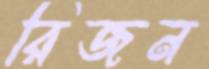
রিজন